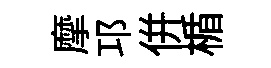
摩邛併楯